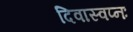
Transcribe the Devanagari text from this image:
दिवास्वप्नः